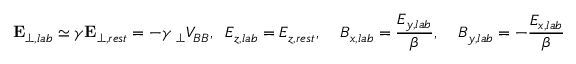
{ \bf E } _ { \perp , l a b } \simeq \gamma { \bf E } _ { \perp , r e s t } = - \gamma { \bf \nabla } _ { \perp } V _ { B B } , \; \; E _ { z , l a b } = E _ { z , r e s t } , \; \; \; \; B _ { x , l a b } = \frac { E _ { y , l a b } } { \beta } , \; \; \; \; B _ { y , l a b } = - \frac { E _ { x , l a b } } { \beta }